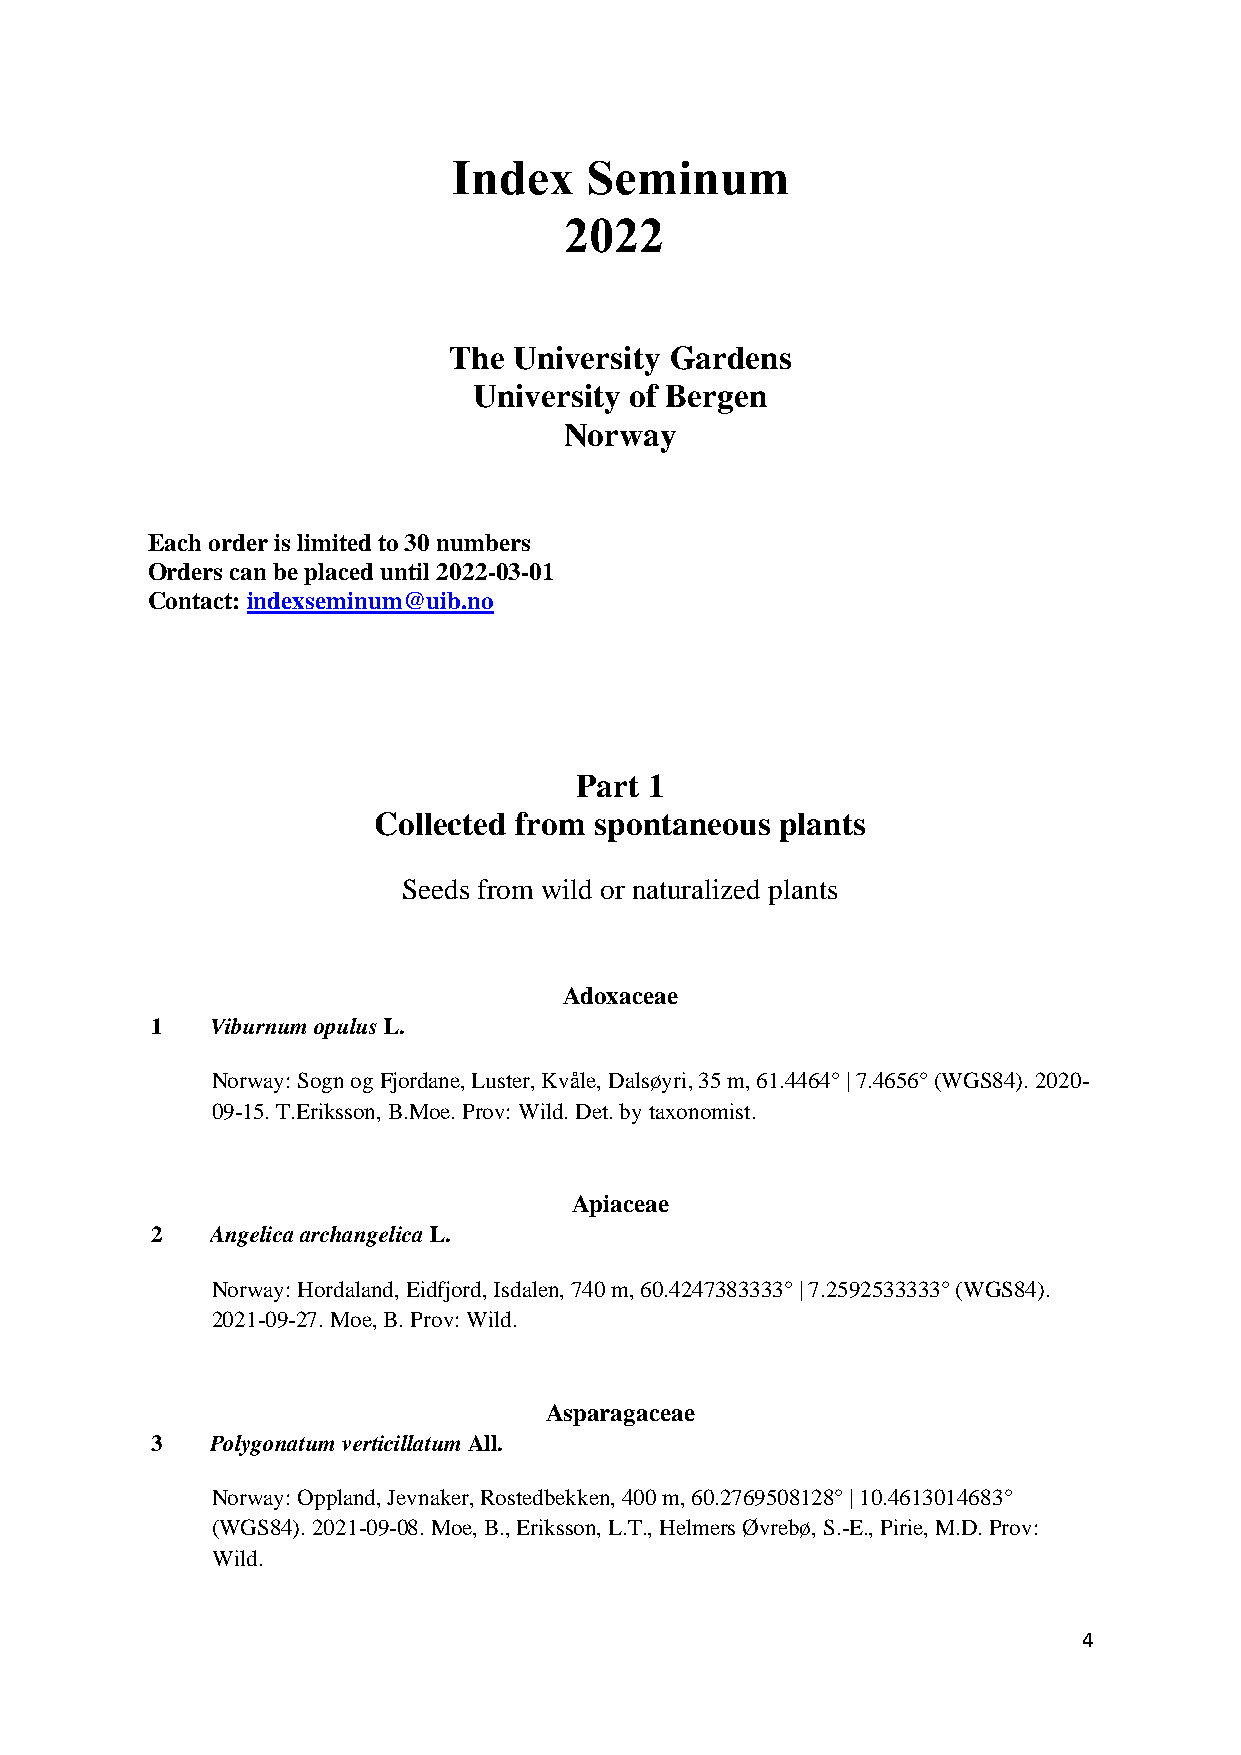
Index    Seminum
 2022
 The University Gardens
 University of Bergen
 Norway
 Each order is limited to 30 numbers
 Orders can be placed until 2022-03-01
 Contact: indexseminum@uib.no
 Part 1
 Collected from spontaneous plants
 Seeds from wild or naturalized plants
 Adoxaceae
 1   Viburnum opulus L.
 Norway: Sogn og Fjordane, Luster, Kvåle, Dalsøyri, 35 m, 61.4464° | 7.4656° (WGS84). 2020-
 09-15. T.Eriksson, B.Moe. Prov: Wild. Det. by taxonomist.
 Apiaceae
 2   Angelica archangelica L.
 Norway: Hordaland, Eidfjord, Isdalen, 740 m, 60.4247383333° | 7.2592533333° (WGS84).
 2021-09-27. Moe, B. Prov: Wild.
 Asparagaceae
 3   Polygonatum verticillatum All.
 Norway: Oppland, Jevnaker, Rostedbekken, 400 m, 60.2769508128° | 10.4613014683°
 (WGS84). 2021-09-08. Moe, B., Eriksson, L.T., Helmers Øvrebø, S.-E., Pirie, M.D. Prov:
 Wild.
 4